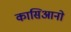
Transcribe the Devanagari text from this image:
कासिआनो